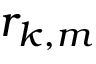
r _ { k , m }